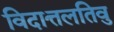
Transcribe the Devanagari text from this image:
विदात्तलतिवु